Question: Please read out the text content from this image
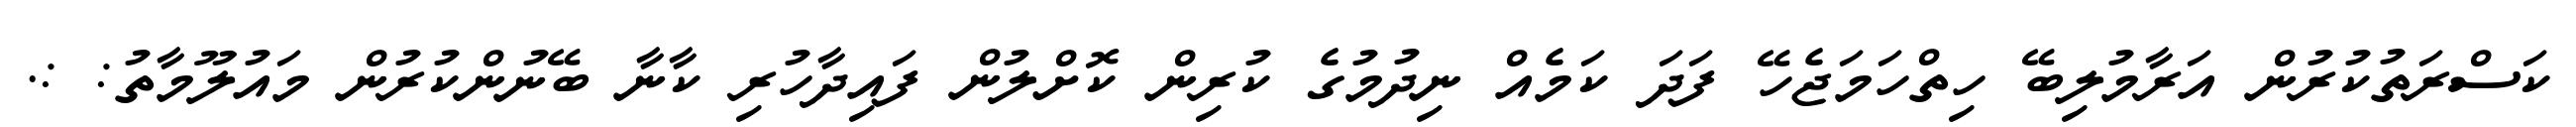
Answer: ކަސްރަތުކުރުން އަރާމުލިބޭ ހިތްހަމަޖެހޭ ފަދަ ކަމެއް ނިދުމުގެ ކުރިން ކޮށްލުން ފައިދާހުރި ކާނާ ބޭނުންކުރުން މައުލޫމާތު: :.